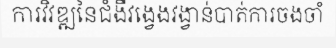
ការវិវឌ្ឍនៃជំងឺវង្វេងវង្វាន់បាត់ការចងចាំ